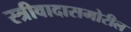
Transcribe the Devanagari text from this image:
स्त्रीवादासमोरील